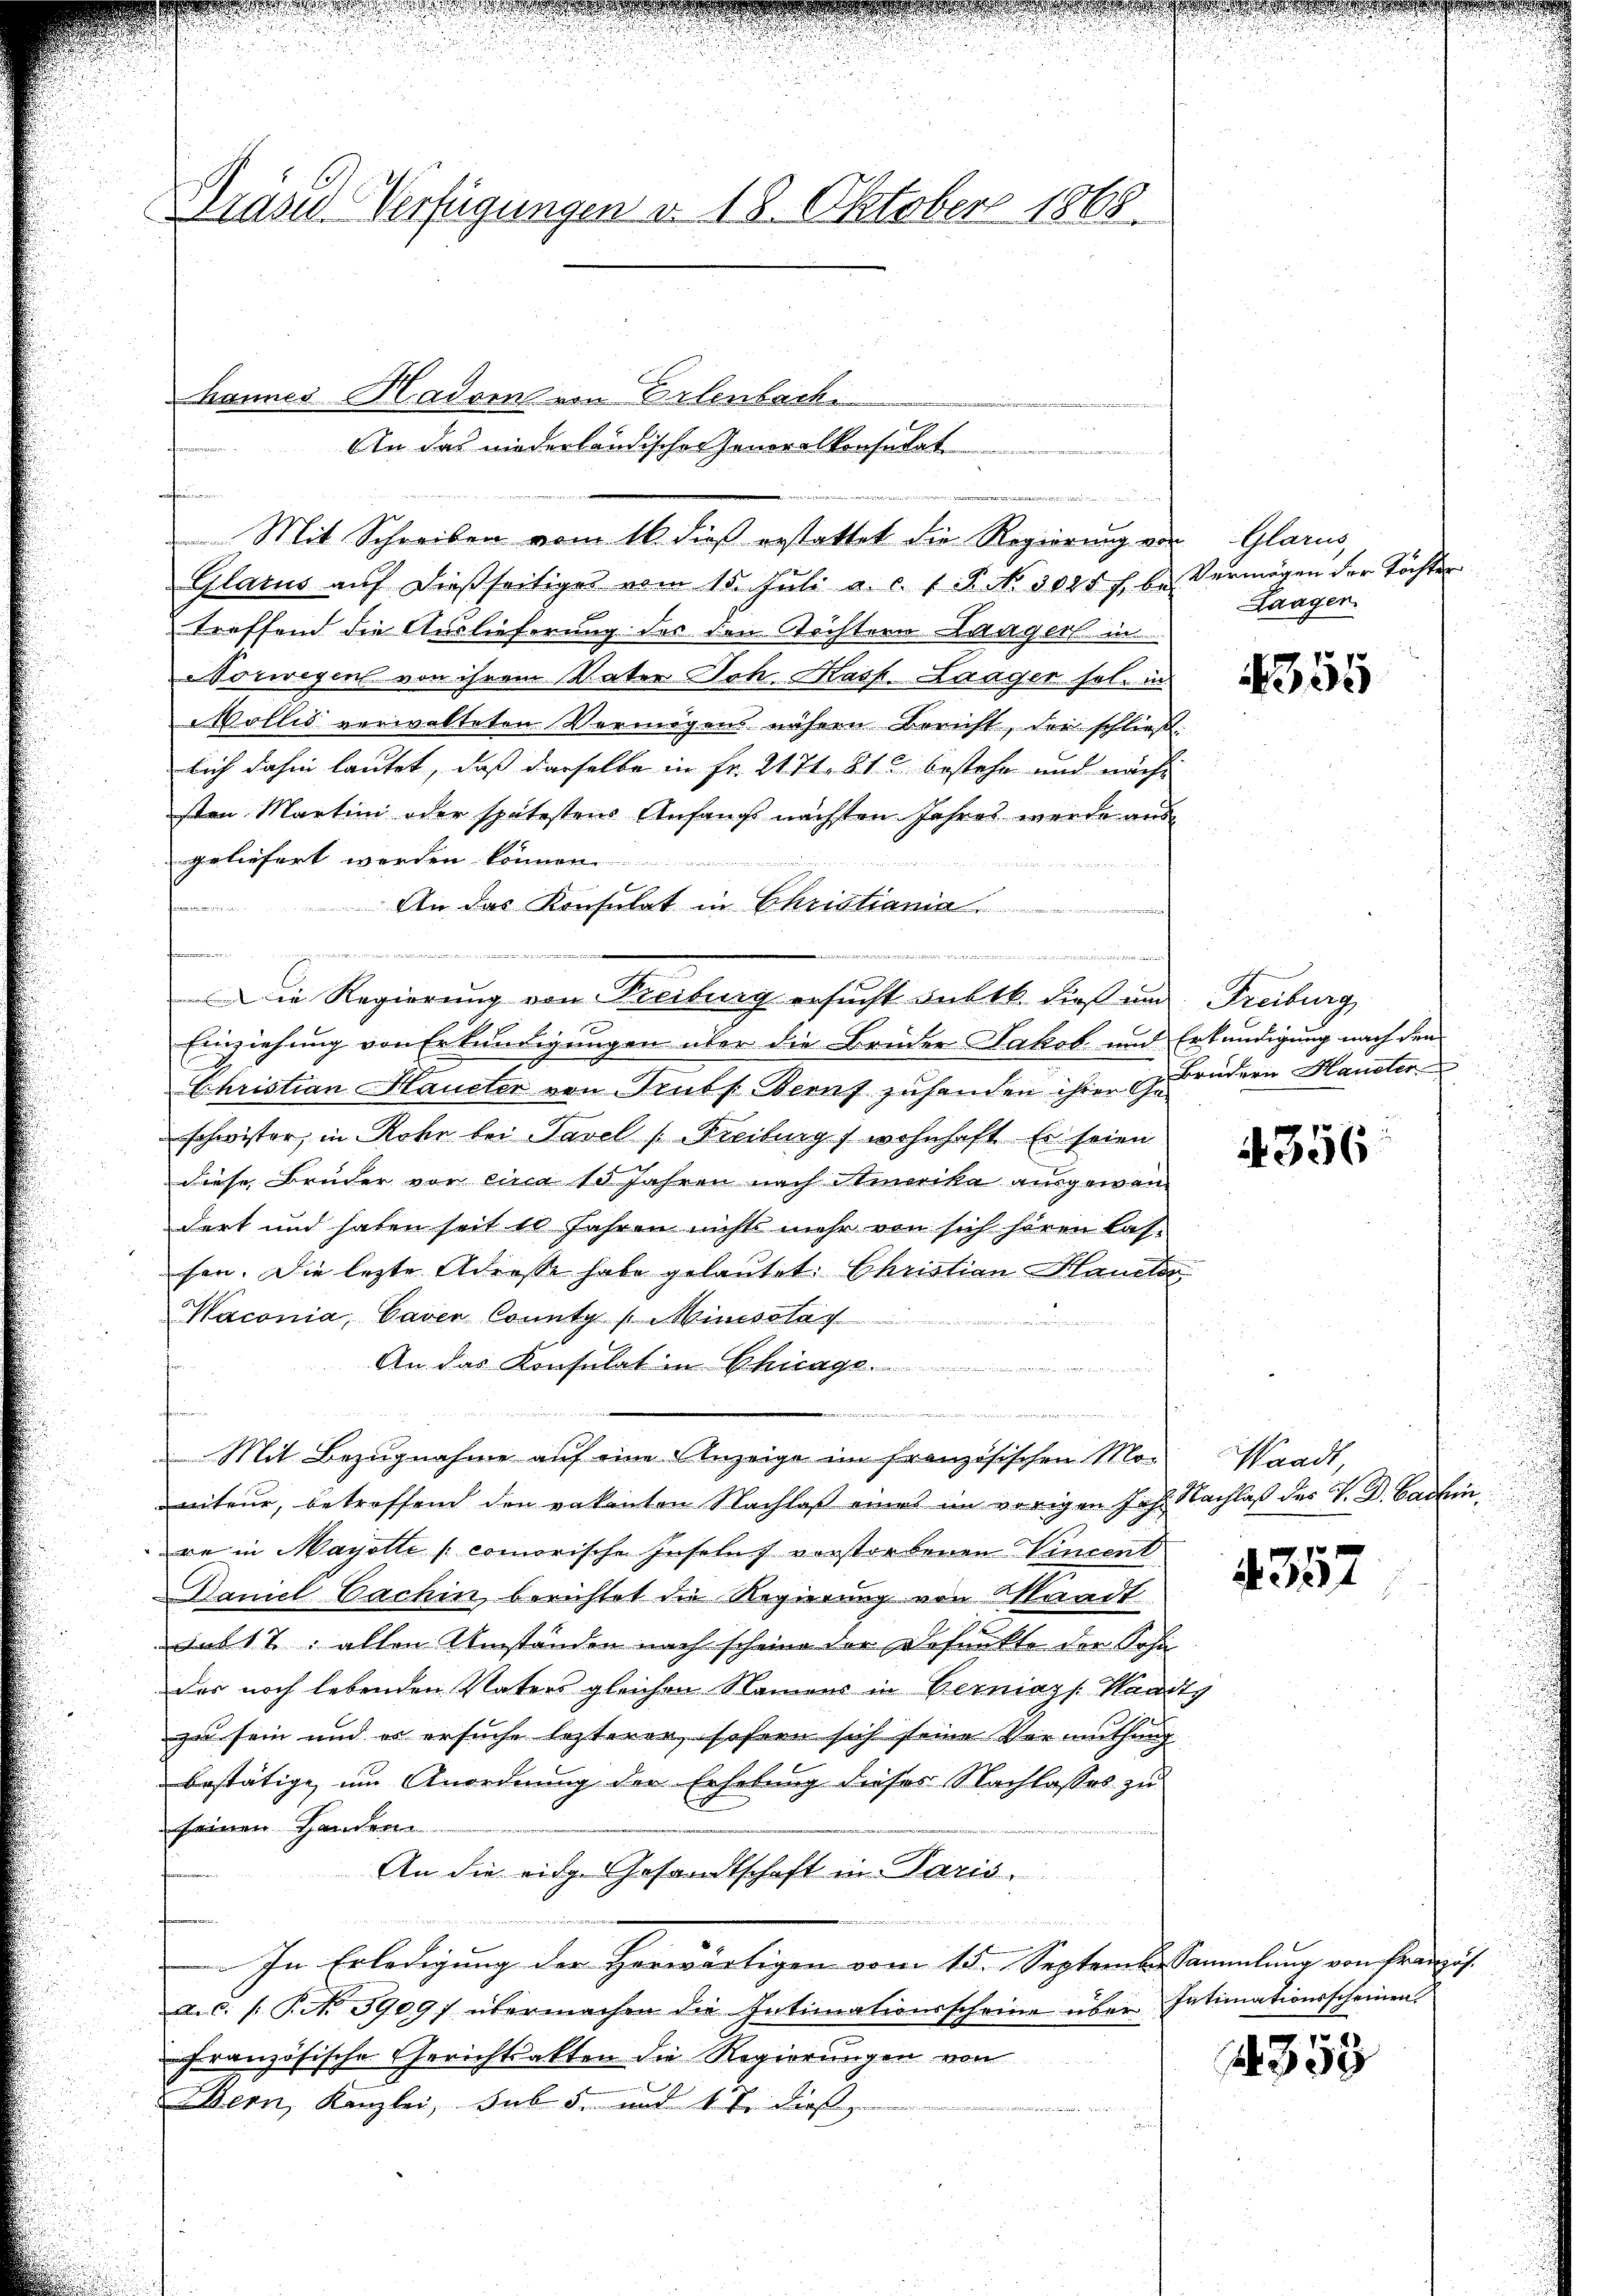
Prase Verfügungen v. 18. Oktober 1868.

hannes Hadren von Erlenbach
fenen
Mit Schreiben vom 16. dieß erstattet die Regierung von Glarus,

Glarus aŭf dießseitiges vom 15. Jŭli a. c. 1 P. No 3085 f. be-
treffend die Auslieferung des den Rechtern Langer in
NVorwegen von ihrem Vater Joh. Kasp. Laager hol. in
Wollis verwalteten Vermögens nähern Bericht, der schließt:
lich dahin lautet, daß derselbe in Fr. 2171. 81 bestehe und nächs
sten Martini oder spätestens Anfangs nächsten Jahres werde aus
geliefert werden können.
An das Konsulat in Christiania.
s
u
Einziehung von Erkundigungen über die Brüder Jakob und Erkundigung nach den
Christian Haueter von Trubs Bern zuhanden ihrer Gebrüdern Haunster
schwister, in Rohr bei Tavel (Freiburg, wohnhaft Er seien
diese Bruder vor circa 10 Jahren nach Amerika ausgewandert und haben seit 10 Jahren nichts mehr von sich hören las-
sen. Die lezte Adresse habe gelautet. Christian Hauctor
Maconia, Caver County / Minisolan
An das Konsulat in Chicage
s
e
n
Mit Bezugnahme auf eine Anzeige im französischen Mo-
niteur, betreffend den vakanten Nachlaß eines im vorigen Jahr. Nachlaß des V. D. Cadlinre in Mayotte commorische Inseluch vorstorbenen Vincent
Daniel Cachin berichtet die Regierung von Waadt
sub 17: allen Umständen nach scheine der Befunkte der Sohn
Des noch lebenden Vaters gleichen Namens in Berniags: Handts
zu sein und er ersuche lezterer, sofern sich seine Vermuthung.
bestätige, um Anordnung der Erhebung dieses Nachlasses zu
seinen Handern
An die eidg. Gesandtschaft in Paris.
e
In Erledigung der Herwärtigen vom 15. Septemb. Sammlung von Französ.
a.c. (T. N. 5909f übermachen die Intimationsscheine über Intimationsscheinen.
französische Gerichtsakten die Regierungen von
Bern, Kanzlei, sub 5. und 17. dies

An das niederländischen Generalkonsudet

g

Die Regierung von Treiburg ersucht subtb. dies und Freiburg

den

Vermögen der Töchten
Laagen.

355

4356

Waadt,

4357

353